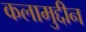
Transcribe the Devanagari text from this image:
कलामुद्दीन